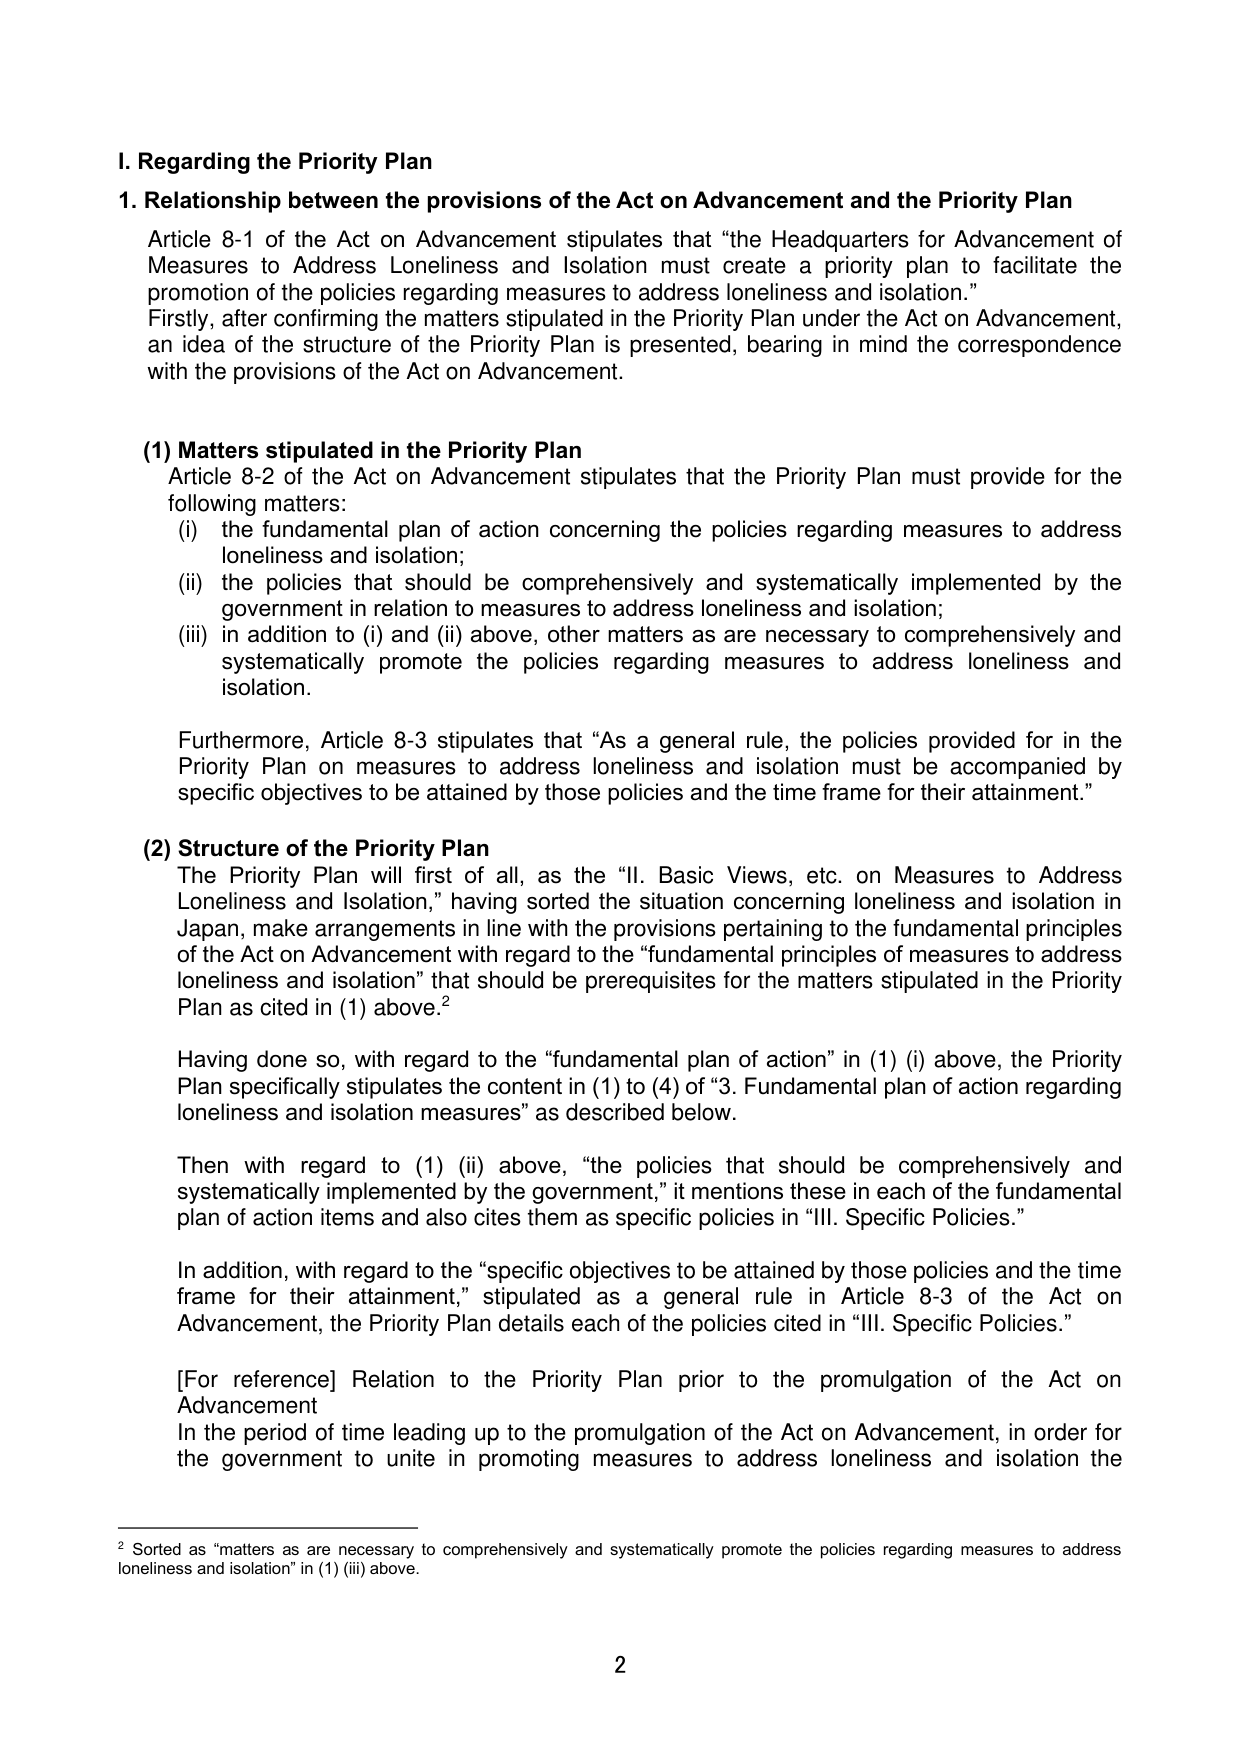
I. Regarding the Priority Plan

1. Relationship between the provisions of the Act on Advancement and the Priority Plan

Article 8-1 of the Act on Advancement stipulates that “the Headquarters for Advancement of Measures to Address Loneliness and Isolation must create a priority plan to facilitate the promotion of the policies regarding measures to address loneliness and isolation.” Firstly, after confirming the matters stipulated in the Priority Plan under the Act on Advancement, an idea of the structure of the Priority Plan is presented, bearing in mind the correspondence with the provisions of the Act on Advancement.

(1) Matters stipulated in the Priority Plan

Article 8-2 of the Act on Advancement stipulates that the Priority Plan must provide for the following matters:

(i) the fundamental plan of action concerning the policies regarding measures to address loneliness and isolation;

(ii) the policies that should be comprehensively and systematically implemented by the government in relation to measures to address loneliness and isolation;

(iii) in addition to (i) and (ii) above, other matters as are necessary to comprehensively and systematically promote the policies regarding measures to address loneliness and isolation.

Furthermore, Article 8-3 stipulates that “As a general rule, the policies provided for in the Priority Plan on measures to address loneliness and isolation must be accompanied by specific objectives to be attained by those policies and the time frame for their attainment.”

(2) Structure of the Priority Plan

The Priority Plan will first of all, as the “II. Basic Views, etc. on Measures to Address Loneliness and Isolation,” having sorted the situation concerning loneliness and isolation in Japan, make arrangements in line with the provisions pertaining to the fundamental principles of the Act on Advancement with regard to the “fundamental principles of measures to address loneliness and isolation” that should be prerequisites for the matters stipulated in the Priority Plan as cited in (1) above.²

Having done so, with regard to the “fundamental plan of action” in (1) (i) above, the Priority Plan specifically stipulates the content in (1) to (4) of “3. Fundamental plan of action regarding loneliness and isolation measures” as described below.

Then with regard to (1) (ii) above, “the policies that should be comprehensively and systematically implemented by the government,” it mentions these in each of the fundamental plan of action items and also cites them as specific policies in “III. Specific Policies.”

In addition, with regard to the “specific objectives to be attained by those policies and the time frame for their attainment,” stipulated as a general rule in Article 8-3 of the Act on Advancement, the Priority Plan details each of the policies cited in “III. Specific Policies.”

[For reference] Relation to the Priority Plan prior to the promulgation of the Act on Advancement

In the period of time leading up to the promulgation of the Act on Advancement, in order for the government to unite in promoting measures to address loneliness and isolation the

² Sorted as “matters as are necessary to comprehensively and systematically promote the policies regarding measures to address loneliness and isolation” in (1) (iii) above.

2